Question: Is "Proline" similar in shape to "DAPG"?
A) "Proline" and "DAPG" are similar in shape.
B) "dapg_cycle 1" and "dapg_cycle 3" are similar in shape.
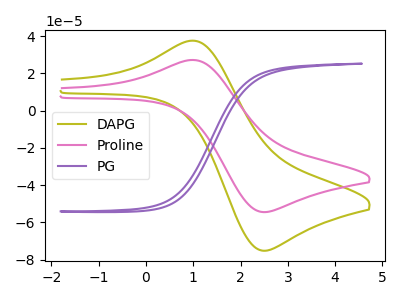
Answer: <think>The olive curve "DAPG" has an anodic peak at (1.05V, 37.45uA) and a cathodic peak at (2.50V, -75.20uA). The pink curve "Proline" has an anodic peak at (1.05V, 27.15uA) and a cathodic peak at (2.50V, -54.45uA). The purple curve "PG" has no peaks.
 All the peaks in "Proline" have a peak in "DAPG" at the same potential. Every peak in "Proline" is lower than every peak in "DAPG".</think>
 <answer>A) "Proline" and "DAPG" are similar in shape.</answer>
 <eval>A</eval>